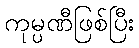
ကုမ္ပဏီဖြစ်ပြီး